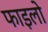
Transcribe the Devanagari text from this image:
फाइलो